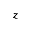
z